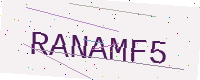
Text: RANAMF5